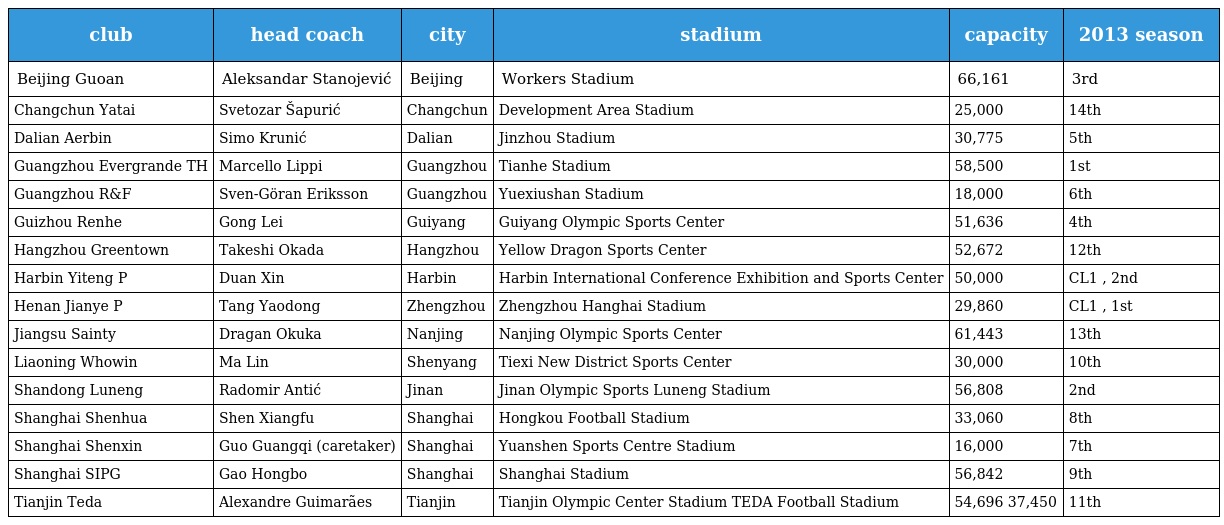
| club | head coach | city | stadium | capacity | 2013 season |
 | --- | --- | --- | --- | --- | --- |
 | Beijing Guoan | Aleksandar Stanojević | Beijing | Workers Stadium | 66,161 | 3rd |
 | Changchun Yatai | Svetozar Šapurić | Changchun | Development Area Stadium | 25,000 | 14th |
 | Dalian Aerbin | Simo Krunić | Dalian | Jinzhou Stadium | 30,775 | 5th |
 | Guangzhou Evergrande TH | Marcello Lippi | Guangzhou | Tianhe Stadium | 58,500 | 1st |
 | Guangzhou R&F | Sven-Göran Eriksson | Guangzhou | Yuexiushan Stadium | 18,000 | 6th |
 | Guizhou Renhe | Gong Lei | Guiyang | Guiyang Olympic Sports Center | 51,636 | 4th |
 | Hangzhou Greentown | Takeshi Okada | Hangzhou | Yellow Dragon Sports Center | 52,672 | 12th |
 | Harbin Yiteng P | Duan Xin | Harbin | Harbin International Conference Exhibition and Sports Center | 50,000 | CL1 , 2nd |
 | Henan Jianye P | Tang Yaodong | Zhengzhou | Zhengzhou Hanghai Stadium | 29,860 | CL1 , 1st |
 | Jiangsu Sainty | Dragan Okuka | Nanjing | Nanjing Olympic Sports Center | 61,443 | 13th |
 | Liaoning Whowin | Ma Lin | Shenyang | Tiexi New District Sports Center | 30,000 | 10th |
 | Shandong Luneng | Radomir Antić | Jinan | Jinan Olympic Sports Luneng Stadium | 56,808 | 2nd |
 | Shanghai Shenhua | Shen Xiangfu | Shanghai | Hongkou Football Stadium | 33,060 | 8th |
 | Shanghai Shenxin | Guo Guangqi (caretaker) | Shanghai | Yuanshen Sports Centre Stadium | 16,000 | 7th |
 | Shanghai SIPG | Gao Hongbo | Shanghai | Shanghai Stadium | 56,842 | 9th |
 | Tianjin Teda | Alexandre Guimarães | Tianjin | Tianjin Olympic Center Stadium TEDA Football Stadium | 54,696 37,450 | 11th |